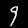
Label: 9